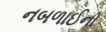
નબળાઈના